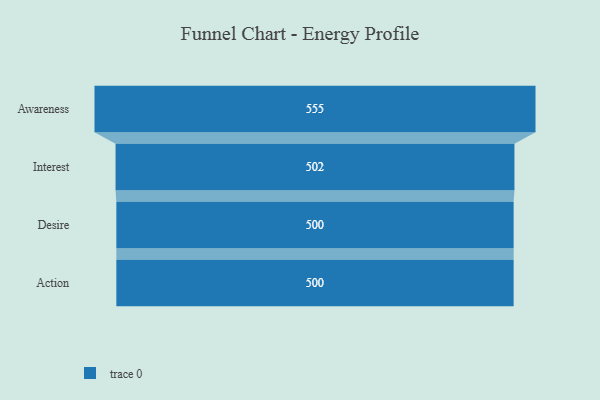
{"axis": {"x": "Stage", "y": "Value"}, "legend": [""], "data": [{"x": "Awareness", "y": 555.0, "type": ""}, {"x": "Interest", "y": 502.0, "type": ""}, {"x": "Desire", "y": 500, "type": ""}, {"x": "Action", "y": 500, "type": ""}]}